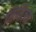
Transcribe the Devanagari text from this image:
निमिज्म